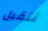
نتقبل